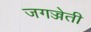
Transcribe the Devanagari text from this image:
जगज्जेती